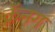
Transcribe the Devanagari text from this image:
क्रॅनग